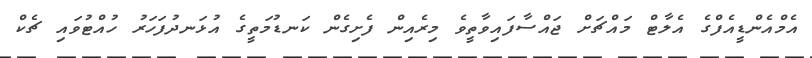
އެމްއެންޑީއެފްގެ އެލާޓް މައްޗަށް ޖައްސާފައިވާތީވެ މިރެއިން ފެށިގެން ކަނޑުމަތީގެ އުޅަނދުފަހަރު ހުއްޓުވައި ޗެކް